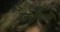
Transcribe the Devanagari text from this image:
रैडवाँसका